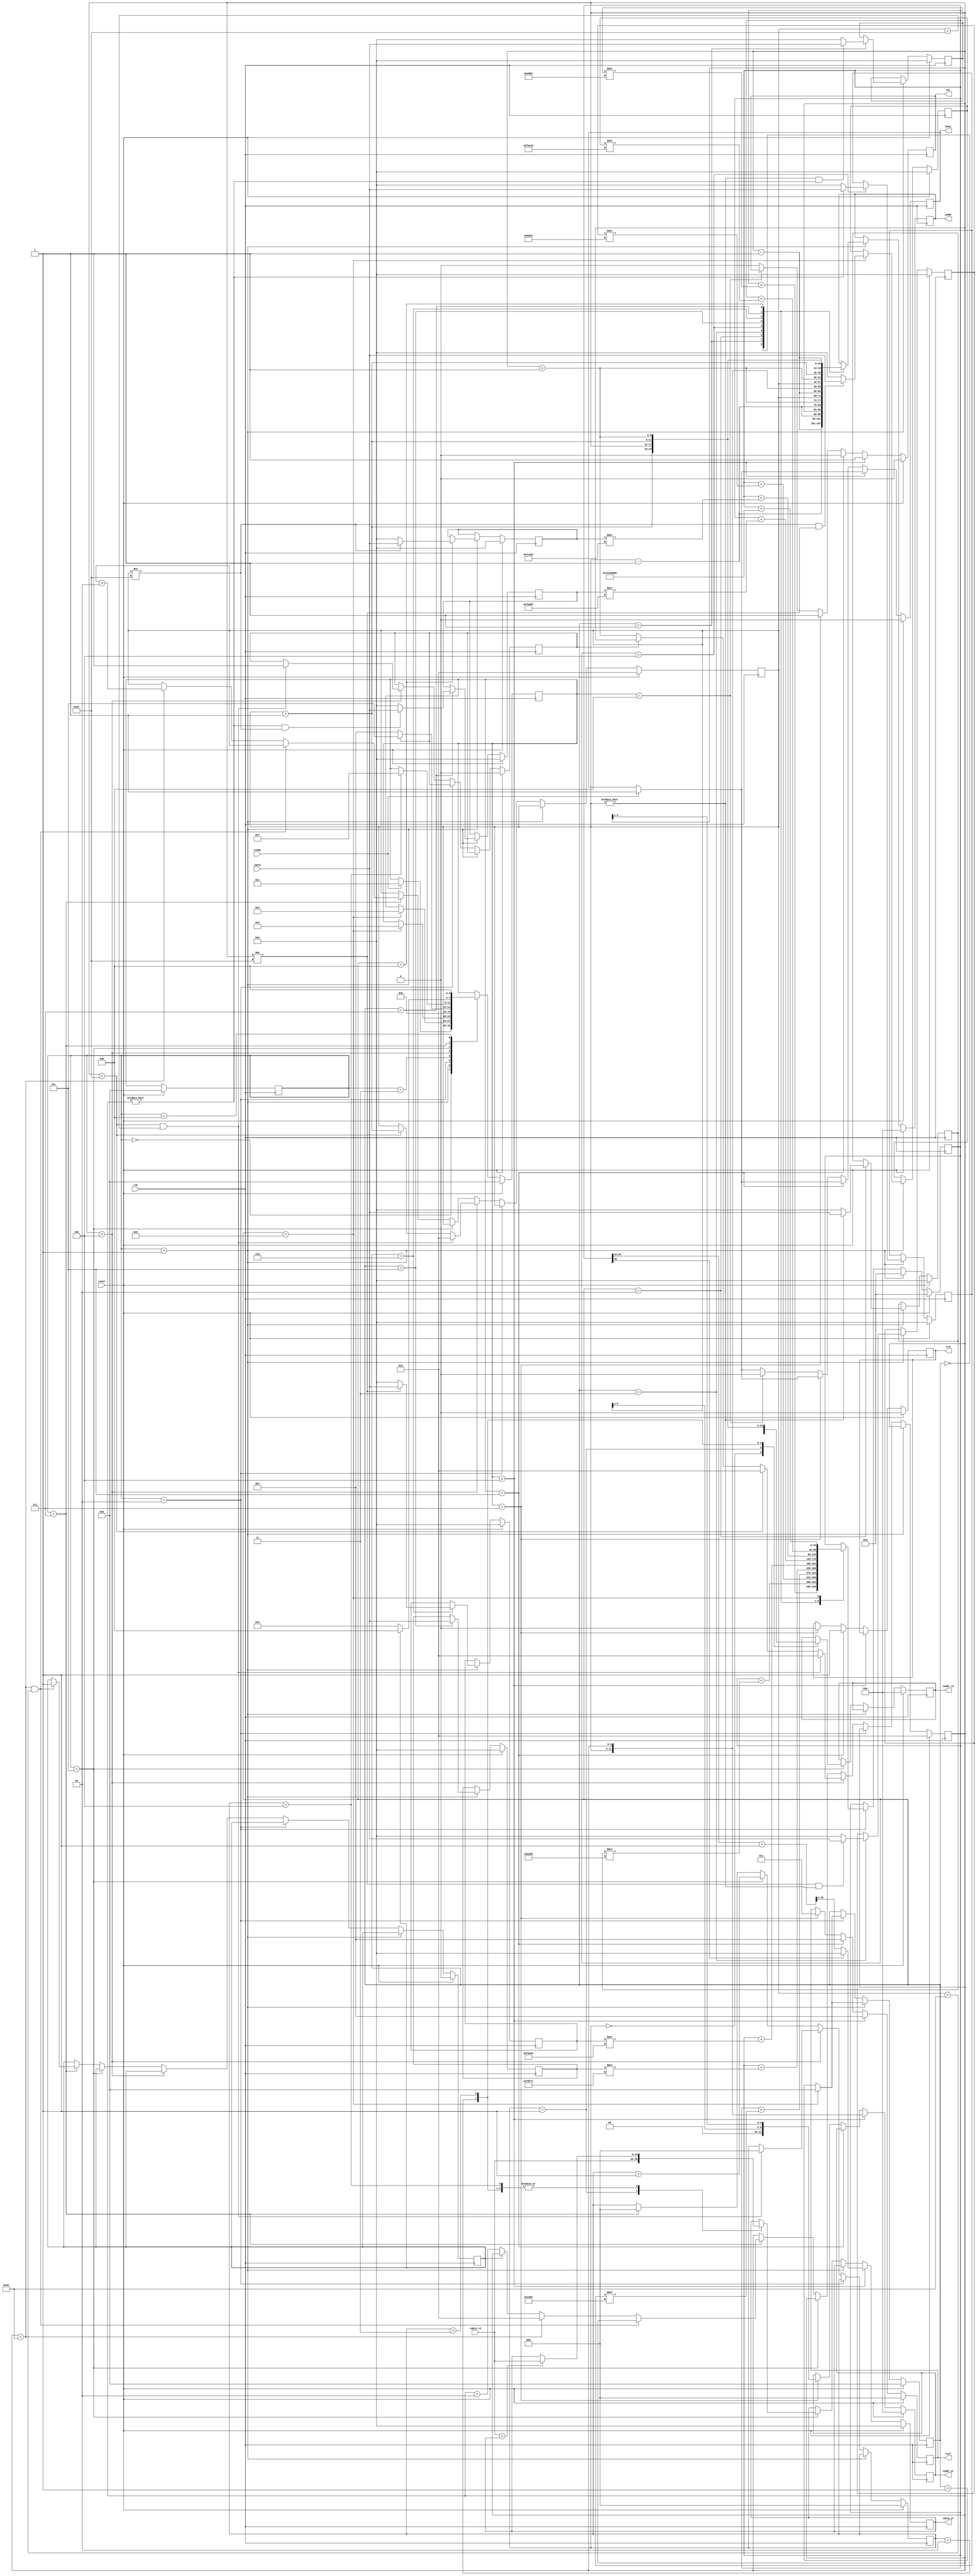

`timescale 1ns/10ps

module  CONV(clk,reset,busy,ready,iaddr,idata,cwr,caddr_wr,cdata_wr,crd,caddr_rd,cdata_rd,csel);
input						clk;
input						reset;
output	reg					busy;	
input						ready;	
		
output	reg 		[11:0] 	iaddr;
input 				[19:0]	idata;	

output	reg 				cwr;
output	reg 		[11:0]	caddr_wr;
output  reg signed 	[19:0]	cdata_wr;

output	reg 				crd;
output	reg  		[11:0]	caddr_rd;
input				[19:0] 	cdata_rd;

output	reg 		[2:0] 	csel;
reg signed [19:0] buffer[0:8];
reg 				[3:0] 	current_state;
reg 				[3:0] 	next_state;
reg 				[5:0]	center_x;
reg 				[5:0]	center_y;
reg 				[3:0]	counter;
reg 	signed			[44:0] 	sum ;// 9 * idata(20 bits) * kernel(20 bits) + bias(20 bits) * 9 = 2^20 * 2^20 * 9 + 2^20 * 9 ~= 2^40 * 9 ~= 2^40 * 16 = 2^44
reg write_over;
reg 				[2:0] 	counter_L0;
reg 	signed			[19:0]	max_L0;
reg pooling_over;
wire signed [20:0] tmp_sum;
wire [5:0] x_left;
wire [5:0] x_right;
wire [5:0] y_up;
wire [5:0] y_buttom;
parameter INITIAL = 0;
parameter READ = 1;
parameter CONVOLUTION = 2;
parameter RELU = 3;
parameter WR_L0 = 4;
parameter RD_L0 = 5;
parameter MAX_POOL = 6;
parameter WR_L1 = 7;
parameter FINISH = 8;

parameter signed K0 = 20'h0A89E;
parameter signed K1 = 20'h092D5;
parameter signed K2 = 20'h06D43;
parameter signed K3 = 20'h01004;
parameter signed K4 = 20'hF8F71;
parameter signed K5 = 20'hF6E54;
parameter signed K6 = 20'hFA6D7;
parameter signed K7 = 20'hFC834;
parameter signed K8 = 20'hFAC19;
parameter bias = 20'h01310;

assign tmp_sum = sum[35:15] + 20'd1;
assign x_left = center_x -1;
assign x_right = center_x + 1;
assign y_up = center_y -1;
assign y_buttom = center_y +1;
// state register
always @(posedge clk) begin
	if(reset)
		current_state = INITIAL;
	else
		current_state = next_state;
end

// next state logic 
always @(posedge clk) begin
	if(reset)
		next_state = INITIAL;
	else
	begin
		case(current_state)
		INITIAL:
		begin
			if(ready)
				next_state = READ;
		end
		READ:
		begin
			if(counter==4'd9)
				next_state = CONVOLUTION;
		end
		CONVOLUTION:
		begin
			if(counter == 4'd9)
				next_state = RELU;
		end
		RELU:
			next_state = WR_L0;
		WR_L0:
		begin
			if(write_over)
				next_state = RD_L0;
			else
				next_state = READ;
		end
		RD_L0:
		begin
			if(counter_L0 == 3'd4)
				next_state = WR_L1;
		end
		WR_L1:
		begin
			if(pooling_over)
				next_state = FINISH;
			else
				next_state = RD_L0;
		end
		FINISH:
			next_state = FINISH;
		endcase
	end
end

// output
always @(posedge clk) begin
	if(reset)
	begin
		busy <= 0;
		iaddr <= 0;
		cwr <= 0;
		caddr_wr <=0;
		cdata_wr <= 0;
		crd <= 0;
		caddr_rd <= 0;
		csel <= 0;
	end
	else
	begin
		if(ready)
			busy <= 1;
		else
			busy <= busy;
		if(current_state == READ)
			begin
			case(counter)
			4'd0:
				iaddr <= {y_up, x_left};
			4'd1:
				iaddr <= {y_up, center_x};
			4'd2:
				iaddr <= {y_up, x_right};
			4'd3:
				iaddr <= {center_y, x_left};
			4'd4:
				iaddr <= {center_y, center_x};
			4'd5:
				iaddr <= {center_y, x_right};
			4'd6:
				iaddr <= {y_buttom, x_left};
			4'd7:
				iaddr <= {y_buttom, center_x};
			4'd8:
				iaddr <= {y_buttom, x_right};
			endcase
		end
		else if(current_state == RD_L0)
		begin
			case(counter_L0)
			3'd0:
			begin
				caddr_rd <= {center_y,center_x};
			end
			3'd1:
			begin
				caddr_rd <= {center_y,x_right};
				cdata_wr <= cdata_rd ;
			end
			3'd2:
			begin
				caddr_rd <= {y_buttom,center_x};
				if(cdata_rd > cdata_wr)
					cdata_wr <= cdata_rd ;
			end
			3'd3:
			begin
				caddr_rd <= {y_buttom,x_right};
				if(cdata_rd > cdata_wr)
					cdata_wr <= cdata_rd ;
			end
			3'd4:
			begin
				if(cdata_rd > cdata_wr)
					cdata_wr <= cdata_rd ;
			end
			endcase
		end
		

		if(next_state == WR_L0 )
		begin
			if(sum[35])
				cdata_wr <= 0;
			else
				cdata_wr <= tmp_sum[20:1];//get the 20 bits// int: 2^4 * 2^4 * 9 ~= 2^12(bit 43 to 31), and get 4 bits int and 16 bits float)
			csel <= 3'b001;
			caddr_wr <= {center_y, center_x};
			cwr <= 1;
		end
			
		else if(next_state == RD_L0)
		begin
			csel <= 3'b001;
			cwr <= 0;
			crd <= 1;
			// cdata_wr <= max_L0;
		end
		else if(next_state == WR_L1)
		begin
			csel <= 3'b011;
			cwr <= 1;
			crd <= 0;
			caddr_wr <= {center_y[5:1], center_x[5:1]};
			
		end
		else if(next_state == FINISH)
		begin
			busy <= 0;
		end
		else
		begin
			cwr <= 0;
			// crd <= 0;
			// csel <= 0;
		end
	end	
end

//datepath
always @(posedge clk) begin
	if(reset)
	begin
		write_over <= 0;
		center_x <= 0;
		center_y <= 0;
		counter <= 0;
		sum <= 0;
		max_L0 <= 0;
		counter_L0 <= 0;
		pooling_over <= 0;
		buffer[0] <= 0;
		buffer[1] <= 0;
		buffer[2] <= 0;
		buffer[3] <= 0;
		buffer[4] <= 0;
		buffer[5] <= 0;
		buffer[6] <= 0;
		buffer[7] <= 0;
		buffer[8] <= 0;
	end
	else if (current_state == READ)
	begin
		sum <= 0;
		if(counter == 4'd9)
			counter <= 0;
		else
			counter <= counter +1;
		case(counter)
		4'd1:
		begin
			if(center_y!=0 && center_x !=0)
				buffer[0] <= idata;
			else
				buffer[0] <= 0;
		end
		4'd2:
		begin
			if(center_y!=0)
				buffer[1] <= idata;
			else
				buffer[1] <= 0;
		end
		4'd3:
		begin
		if(center_x!=6'd63 && center_y!=0)
				buffer[2] <= idata;
			else 
				buffer[2] <= 0;
		end
		4'd4:
		begin
			if(center_x!=0)
				buffer[3] <= idata;
			else 
				buffer[3] <= 0;
		end
		4'd5:
			buffer[4] <= idata;
		4'd6:
		begin
			if(center_x!=6'd63)
				buffer[5] <= idata;
			else 
				buffer[5] <= 0;
		end
		4'd7:
		begin
			if(center_x!=0 && center_y != 6'd63)
				buffer[6] <= idata;
			else 
				buffer[6] <= 0;
		end
		4'd8:
		begin
			if(center_y!=6'd63)
				buffer[7] <= idata;
			else 
				buffer[7] <= 0;
		end
		4'd9:
		begin
			if(center_y!=6'd63 && center_x!= 6'd63)
				buffer[8] <= idata;
			else 
				buffer[8] <= 0;
		end
		endcase
	end
	else if(current_state == CONVOLUTION)
	begin
		if(counter == 4'd9)
			counter <= 0;
		else
			counter <= counter +1;
		case(counter)
		4'd0:
			sum <= sum + buffer[0] * K0;
		4'd1:
			sum <= sum + buffer[1] * K1;
		4'd2:
			sum <= sum + buffer[2] * K2;
		4'd3:
			sum <= sum + buffer[3] * K3;
		4'd4:
			sum <= sum + buffer[4] * K4;
		4'd5:
			sum <= sum + buffer[5] * K5;
		4'd6:
			sum <= sum + buffer[6] * K6;
		4'd7:
			sum <= sum + buffer[7] * K7;
		4'd8:
			sum <= sum + buffer[8] * K8;
		4'd9:
			sum <= sum + {bias, 16'd0}; 
		endcase
	end
	else if(current_state == WR_L0)
	begin
		if(center_x == 6'd63 && center_y == 6'd63)
		begin
			write_over <= 1;
			counter_L0 <= 0;
			center_x <= 0;
			center_y <= 0;
		end
		else if(center_x==6'd63)
		begin
			center_x <= 0;
			center_y <= center_y +1;
		end
		else if(!write_over)
			center_x <= center_x + 1;
	end
	else if(current_state == RD_L0)
	begin
		counter_L0 <= counter_L0 + 1;
		// case(counter_L0)
		// 	2'd0:
		// 		max_L0 <= cdata_rd; 
		// 	2'd1:
		// 		if(max_L0 < cdata_rd)
		// 			max_L0 <= cdata_rd;
		// 	2'd2:
		// 		if(max_L0 < cdata_rd)
		// 			max_L0 <= cdata_rd;
		// 	2'd3:
		// 		if(max_L0 < cdata_rd)
		// 			max_L0 <= cdata_rd;
		// endcase
	end
	else if(current_state == WR_L1)
	begin
		counter_L0 <= 0;
		if(center_x == 6'd62 && center_y == 6'd62)
			pooling_over <= 1;
		else if(center_x == 6'd62)
		begin
			center_x <= 0;
			center_y <= center_y + 2;
		end
		else if(!pooling_over)
			center_x <= center_x + 2;
	end
end
endmodule